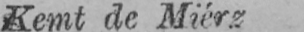
Kemt de Miérz